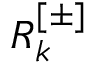
R _ { k } ^ { [ \pm ] }